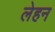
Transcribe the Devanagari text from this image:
लेहन